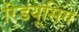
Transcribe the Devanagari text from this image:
रिडयूसिंग